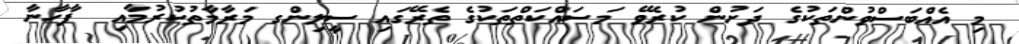
މި އެއްބަސްވުންތަކުގެ ދަށުން ކުރެވޭ މަސަައްކަތްތަކުގެ ތެރޭގައި ސީލިންގ މަރާމާތުކުރުމާއި  ފާހާނާ